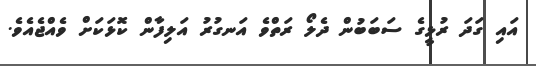
އައި ގަދަ ރުޅީގެ ސަބަބުން ދެލޯ ރަތްވެ އަނގުރު އަލިފާން ކޮޅަކަށް ވެއްޖެއެވެ.